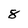
Character: 8